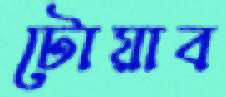
টোয়াব